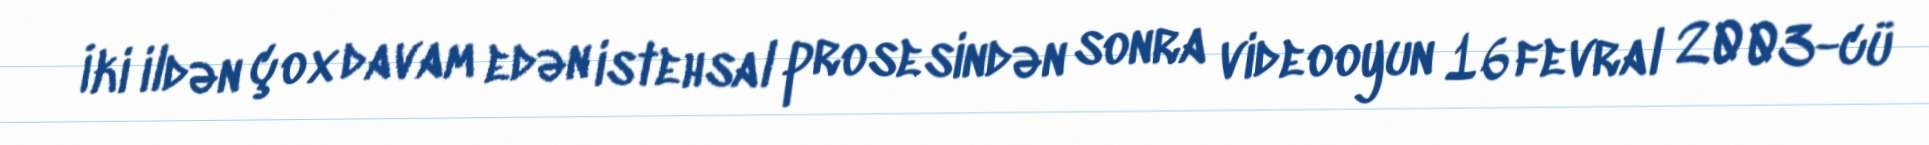
İki ildən çox davam edən istehsal prosesindən sonra videooyun 16 fevral 2003-cü